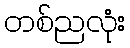
တစ်ညလုံး